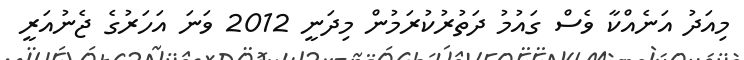
މިއަދު އަނެއްކާ ވެސް ގައުމު ދަތުރުކުރަމުން މިދަނީ 2012 ވަނަ އަހަރުގެ ޖެނުއަރީ